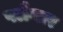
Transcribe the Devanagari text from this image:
फ्लैग्लर